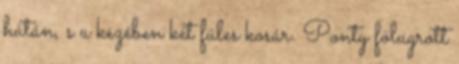
hátán, s a kezében két füles kosár. Ponty fölugrott